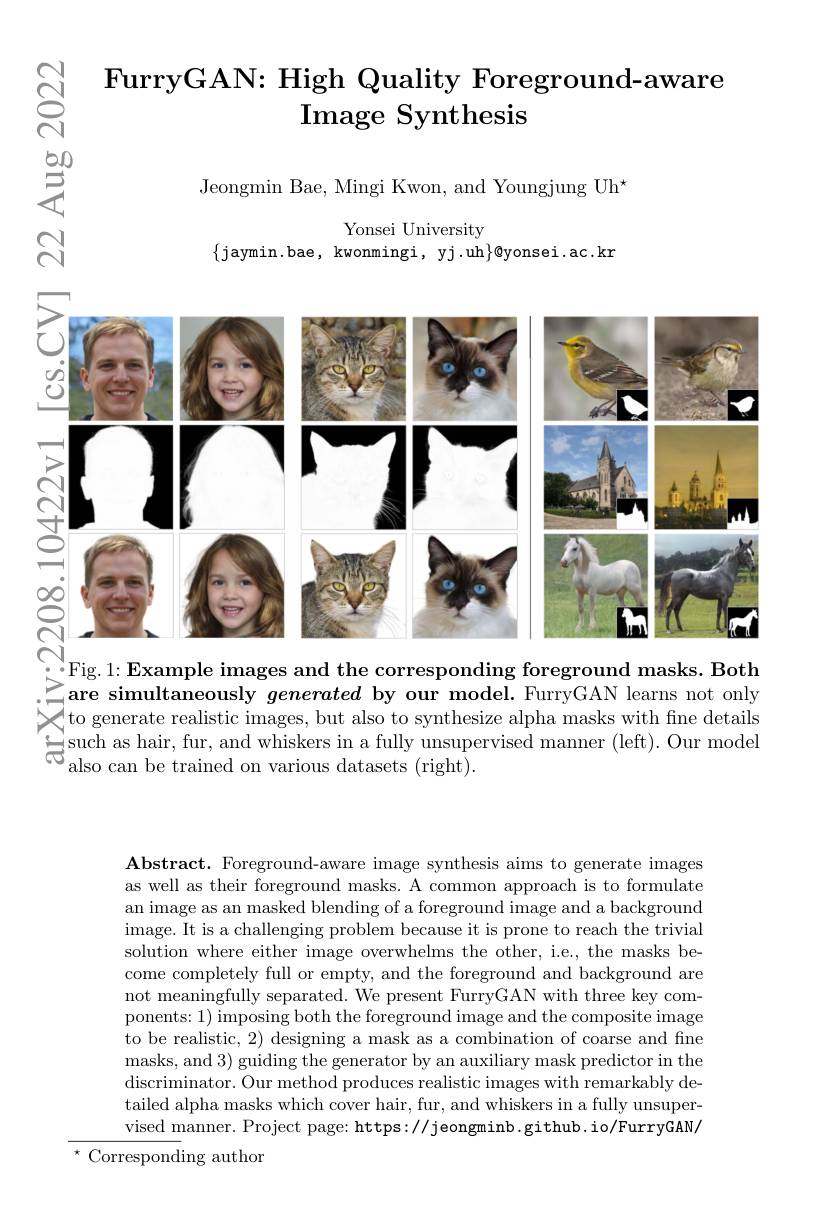
$ଟ୍ନା$

# FurryGAN: High Quality Foreground- aware $\textbf{Image Synthesis}$

$篡$

Jeongmin Bae, Mingi Kwon, and Youngjung Uh'

Yonsei University
$\{$jaymin.bae,kwonmingi,yj.uh$\}$@yonsei.ac.kr

$ત્રિં$

<FigureHere>

. Fig. 1: Example images and the corresponding foreground masks. Both $\sum_{\text{are simultaneously generated by our model. FurryGAN learns not only}}^{115.1.1244411pic~magcs~and~thc~conerated~by~our~model.~FurryGAN~learns~not~only}^{115.1.1244411pic~mindges~and~thed~by~our~model.~FurryGAN~learns~not~only}^{115.1.12444}$ to generate realistic images, but also to synthesize alpha masks with fne details $\begin{array}{c}{\text{ఉ}\mathrm{such~as~hair,~fur,~and~whiskers~in~a~fully~unsupervised~manner~(left).~Our~model}}\\{\text{e}\mathrm{also~can~be~trained~on~various~datasets~(right).}}\end{array}$

Abstract. Foreground-aware image synthesis aims to generate images as well as their foreground masks. A common approach is to formulate an image as an masked blending of a foreground image and a background image. It is a challenging problem because it is prone to reach the trivial solution where either image overwhelms the other, i.e., the masks become completely full or empty, and the foreground and background are not meaningfully separated. We present FurryGAN with three key components: 1) imposing both the foreground image and the composite image to be realistic, 2) designing a mask as a combination of coarse and fine masks, and 3) guiding the generator by an auxiliary mask predictor in the discriminator. Our method produces realistic images with remarkably de- tailed alpha masks which cover hair, fur, and whiskers in a fully unsupervised manner. Project page: https://jeongminb.github.io/FurryGAN/
$^{\star}$Corresponding author